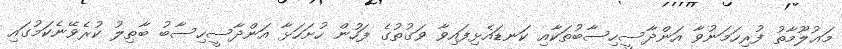
މަޢުލޫމާތު ފުރިހަމަނުވާ އަންދާސީހިސާބުތަކާއި ކަނޑައެޅިފައިވާ ވަގުތުގެ ފަހުން ހުށަހަޅާ އަންދާސީހިސާބު ބާޠިލު ކުރެވޭނެކަމުގައި